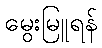
မွေးမြူရန်